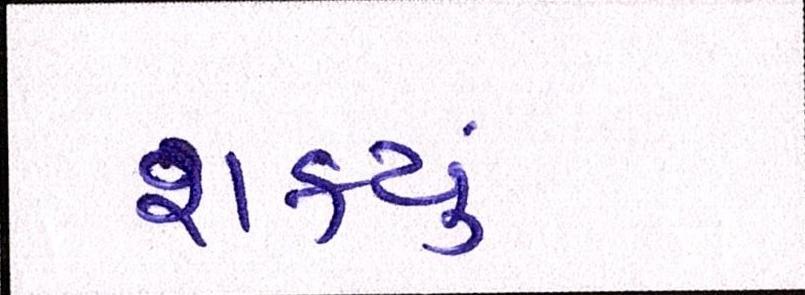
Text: શકયું